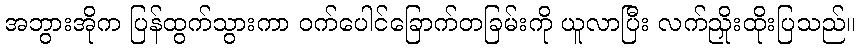
အဘွားအိုက ပြန်ထွက်သွားကာ ဝက်ပေါင်ခြောက်တခြမ်းကို ယူလာပြီး လက်ညှိုးထိုးပြသည်။